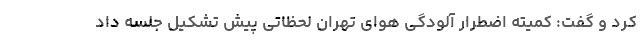
کرد و گفت: کمیته اضطرار آلودگی هوای تهران لحظاتی پیش تشکیل جلسه داد